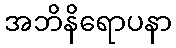
အဘိနိရောပနာ